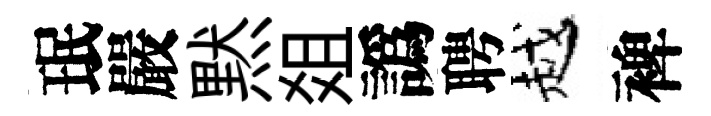
珉嚴黙爼譌聘越裨